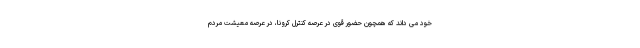
خود می داند که همچون حضور قوی در عرصه کنترل کرونا، در عرصه معیشت مردم